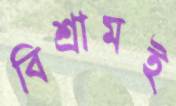
বিশ্রামই